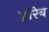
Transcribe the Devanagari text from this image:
होरेब